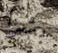
بشرا